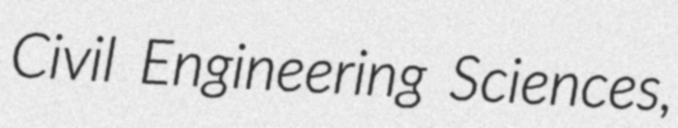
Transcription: Civil Engineering Sciences,